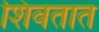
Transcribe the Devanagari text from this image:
शिवतात